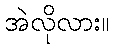
အဲလိုလား။